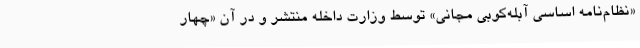
«نظام‌نامه اساسی آبله‌کوبی مجانی» توسط وزارت داخله منتشر و در آن «چهار